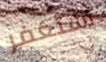
أستغفر